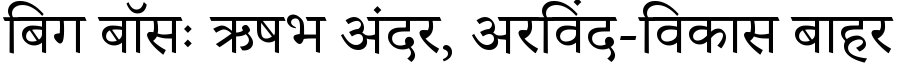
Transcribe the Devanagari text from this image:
बिग बॉसः ऋषभ अंदर, अरविंद-विकास बाहर